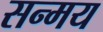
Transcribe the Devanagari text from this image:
सन्मय